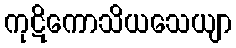
ကုဋိကောသိယသေယျာ